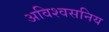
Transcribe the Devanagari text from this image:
अविश्वसनिय